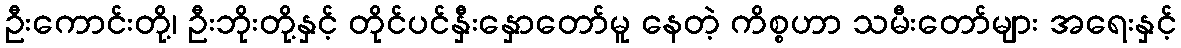
ဦးကောင်းတို့၊ ဦးဘိုးတို့နှင့် တိုင်ပင်နှီးနှောတော်မူ နေတဲ့ ကိစ္စဟာ သမီးတော်များ အရေးနှင့်